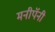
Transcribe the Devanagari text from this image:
मनीपॅनी